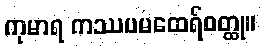
ကုမာရ ကဿပမထေရ်ဝတ္ထု။